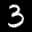
Label: 3